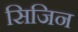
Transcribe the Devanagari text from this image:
सिजिन